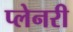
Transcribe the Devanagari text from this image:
प्लेनरी